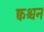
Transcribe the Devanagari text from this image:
क्वश्चन